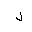
Letter: _lam